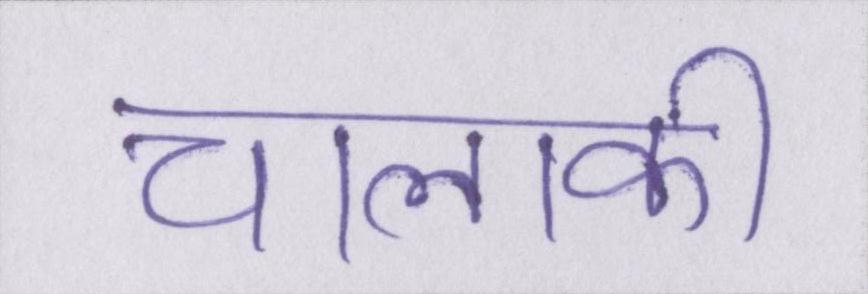
चालाकी